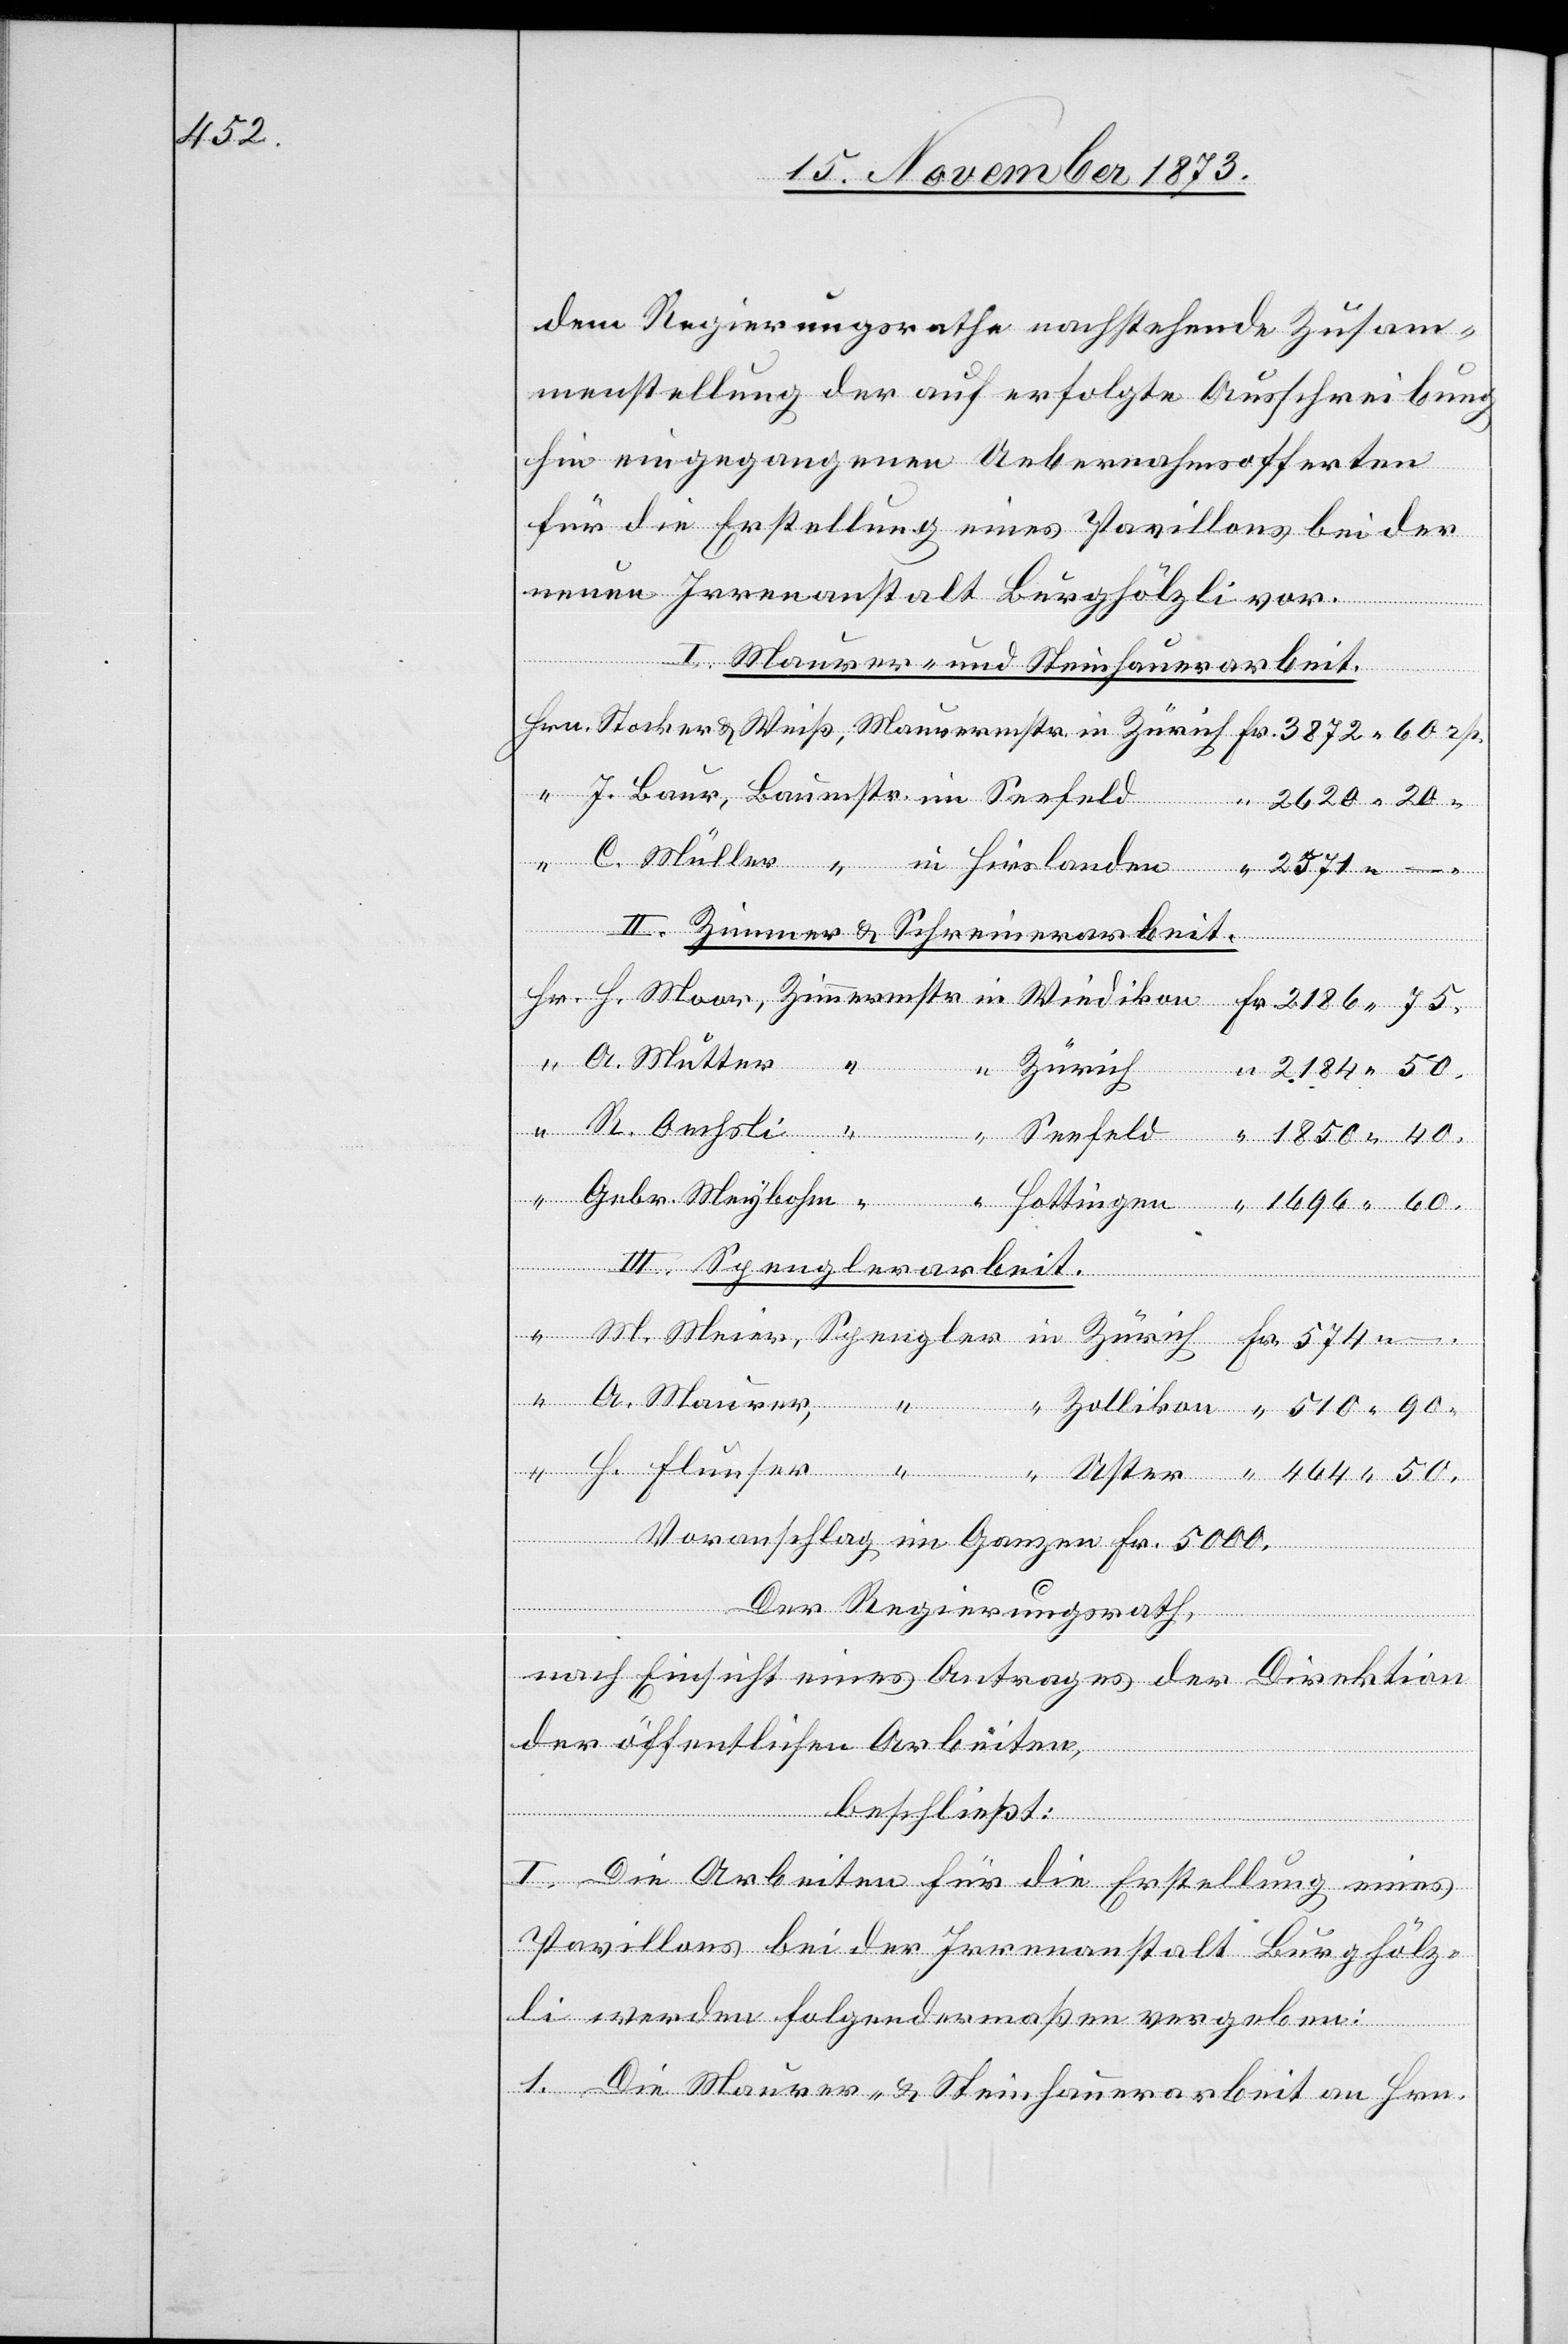
50.

dem Regierungsrathe nachstehende Zusam¬
menstellung der auf erfolgte Ausschreibung
hin eingegangenen Uebernahmsofferten
für die Erstellung eines Pavillons bei der
neuen Irrenanstalt Burghölzli vor.
I. Maurer- und Steinhauerarbeit.
2 620 20
Uster
II. Zimmer & Schreinerarbeit.
Zürich
2 184 50.
III. Spenglerarbeit.
Voranschlag im Ganzen Fr. 5 000
Der Regierungsrath,
nach Einsicht eines Antrages der Direktion
der öffentlichen Arbeiten,
H.
beschließt:
I. Die Arbeiten für die Erstellung eines
Pavillons bei der Irrenanstalt Burghölz¬
li werden folgendermaßen vergeben:
1. Die Maurer- & Steinhauerarbeit an Hrn.

90.